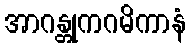
အာဂန္တုကဂမိကာနံ